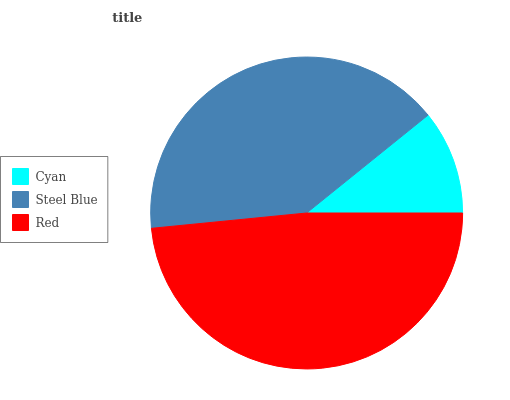
| Cyan | Steel Blue | Red |
 | --- | --- | --- |
 | 10.8% | 40.8% | 48.4% |